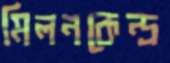
মিলনকেন্দ্র